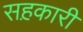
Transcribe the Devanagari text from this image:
सह़कारी